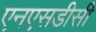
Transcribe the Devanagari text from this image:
एनएसडीसी